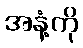
အနံ့ကို